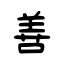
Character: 善